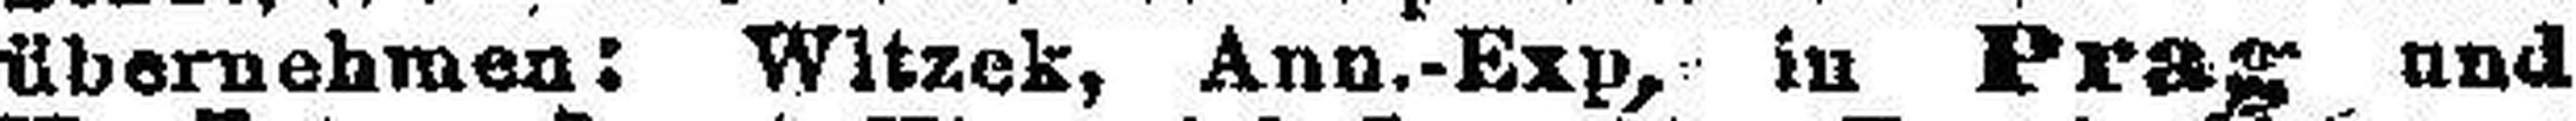
übernehmen: Witzek, Ann.-Exp, in Prag und